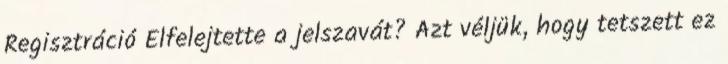
Regisztráció Elfelejtette a jelszavát? Azt véljük, hogy tetszett ez